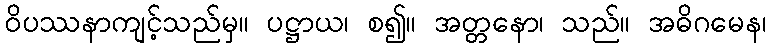
ဝိပဿနာကျင့်သည်မှ။ ပဋ္ဌာယ၊ စ၍။ အတ္တနော၊ သည်။ အဓိဂမေန၊